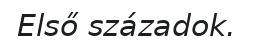
Első századok.